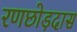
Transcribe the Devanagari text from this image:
रणछोड़दास